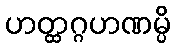
ဟတ္ထဂ္ဂဟဏမ္ပိ